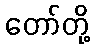
တော်တို့